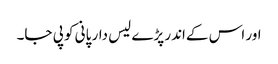
اور اس کےاندر پڑے لیس دار پانی کو پی جا۔